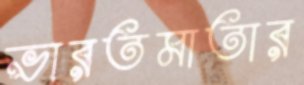
ভারতমাতার